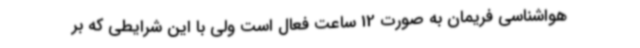
هواشناسی فریمان به صورت 12 ساعت فعال است ولی با این شرایطی که بر